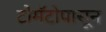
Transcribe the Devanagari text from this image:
टोमॅटोपासून